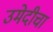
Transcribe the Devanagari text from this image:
उमेदीचा